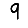
Digit: 9